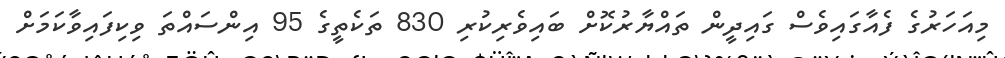
މިއަހަރުގެ ފެއާގައިވެސް ގައިދީން ތައްޔާރުކޮށް ބައިވެރިކުރި 830 ތަކެތީގެ 95 އިންސައްތަ ވިކިފައިވާކަމަށް